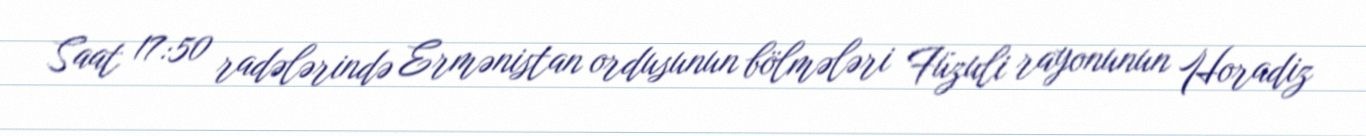
Saat 17:50 radələrində Ermənistan ordusunun bölmələri Füzuli rayonunun Horadiz